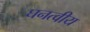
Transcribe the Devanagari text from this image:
घनत्वीय